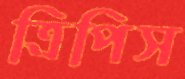
ত্রিপিস